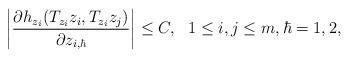
LaTeX: \begin{align*}\bigg|\frac{\partial h_{z_i}(T_{z_i}z_i, T_{z_i}z_j)}{\partial z_{i,\hbar}}\bigg|\leq C, \ \ 1\leq i,j\leq m, \hbar=1,2,\end{align*}